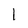
Character: l